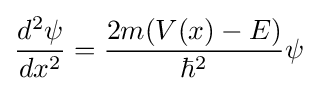
{\frac {d^{2}\psi }{dx^{2}}}={\frac {2m(V(x)-E)}{\hbar ^{2}}}\psi